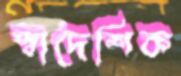
স্বাদেশিক